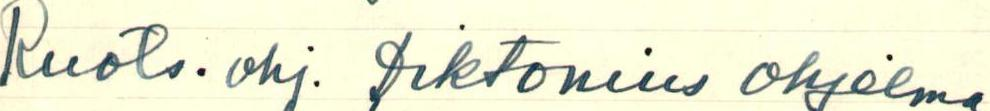
Ruots. ohj. Diktonius Ohjolma